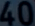
40